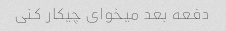
دفعه بعد میخوای چیکار کنی